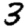
Digit: 3